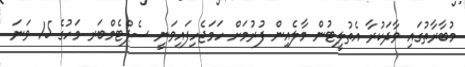
މުބާރާތުގައި ވާދަކުރާ އެތުލީޓުން މާލެއިން ފުރުމަށް ހަމަޖެހިފައިވަނީ ސެޕްޓެމްބަރ މަހުގެ 15 ވަނަ